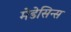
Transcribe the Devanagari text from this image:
मेडेसिन्स